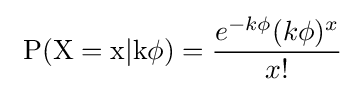
~\operatorname {P(X=x|k\phi )} ={\frac {e^{-k\phi }(k\phi )^{x}}{x!}}